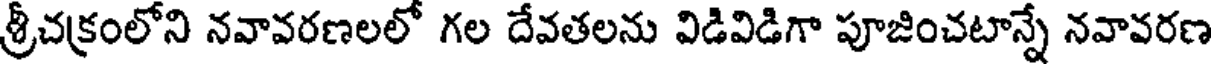
శ్రీచక్రంలోని నవావరణలలో గల దేవతలను విడివిడిగా పూజించటాన్నే నవావరణ